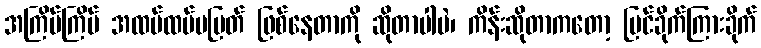
အကြိမ်ကြိမ် အထပ်ထပ်မပြတ် ဖြစ်နေတာကို ဆိုတာပါပဲ၊ ကိန်းဆိုတာကတော့ မြင်ခိုက်ကြားခိုက်